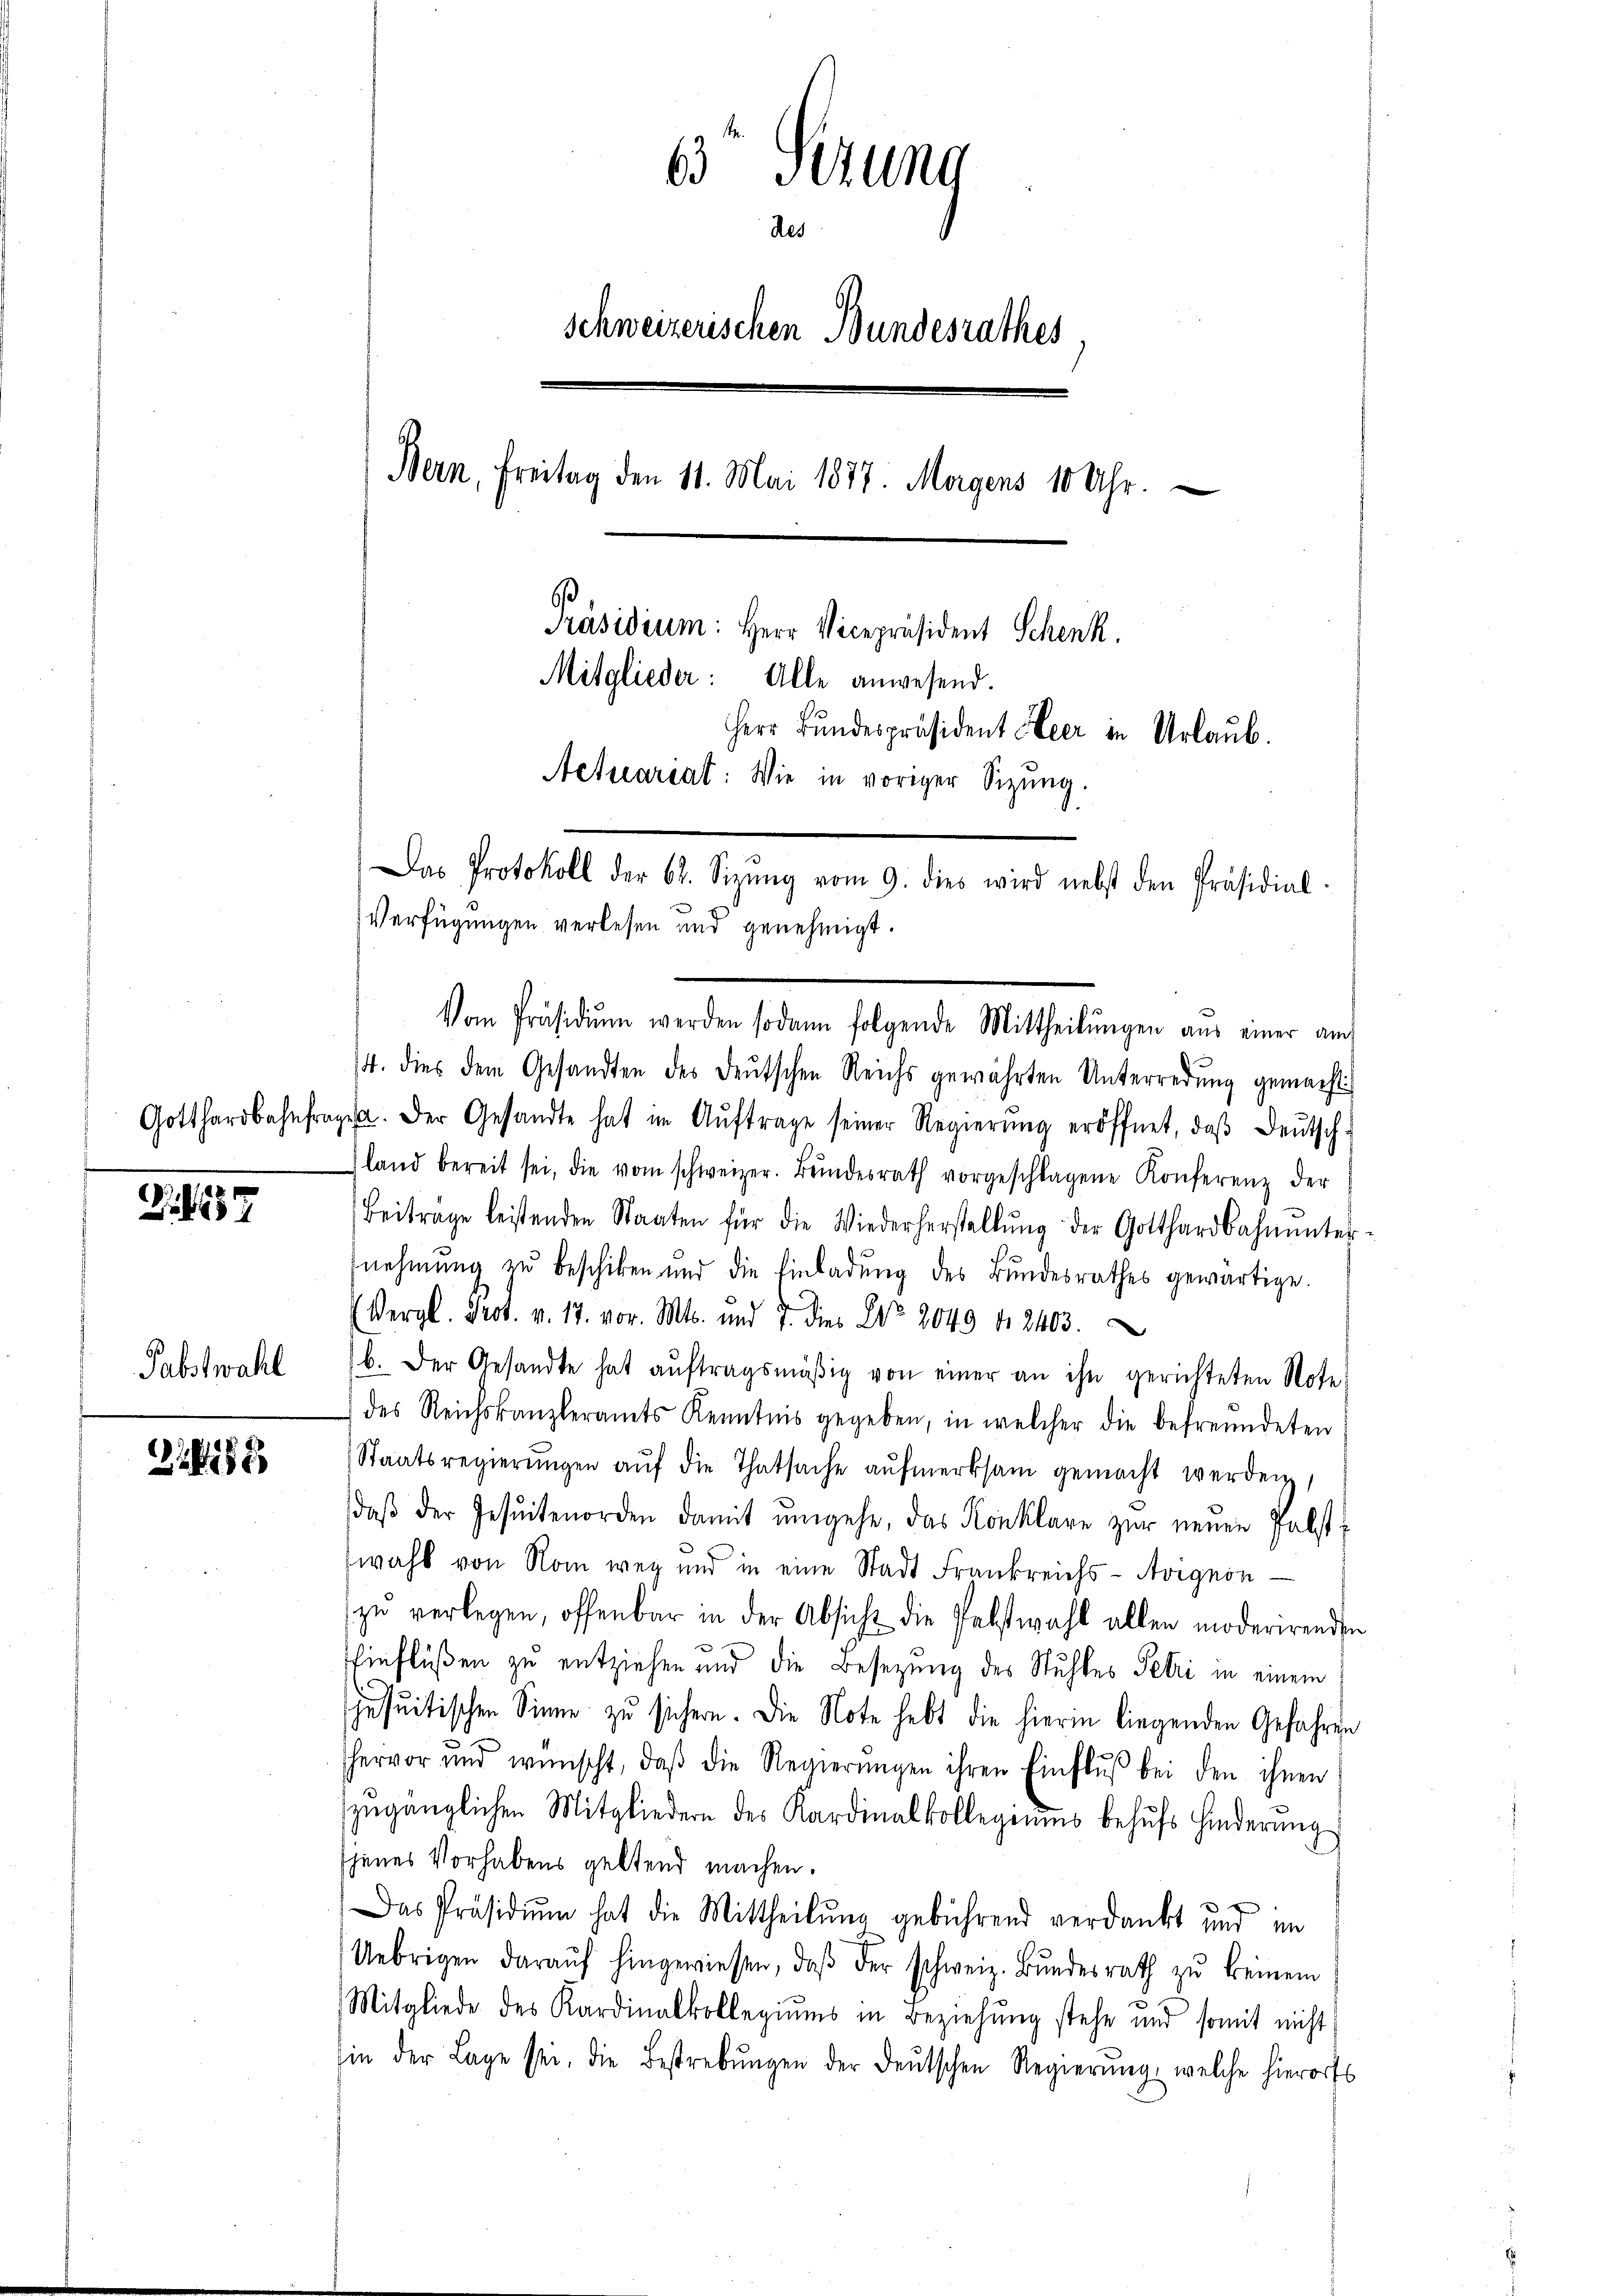
857

Pabstwahl

288

63 Sizung
des
Schweizerischen Bundesrathes
Bern, Freitag den 11. Mai 1877. Morgens 10 Uhr.
.
Präsidium: Herr Vicepräsident Schenk.
Mitglieder: Alle anwesend.
Herr Bundespräsident Heer in Urlaub.
Actuariat: Wie in voriger Sizung.
Das Protokoll der 62. Sizŭng vom 9. dies wird nebst den Präsidial-
Verfügungen verlesen und genehmigt.

Vom Präsidiŭm werden sodann folgende Mittheilŭngen aus einer auch

/4. dies dem Gesandten des deutschen Reichs gewährten Unterredung gemacht:
Gotthardbahnfragen. Der Gesandte hat im Aŭftrage seiner Regierŭng eröffnet, daβ deŭtsch-
hland bereit sei, die vom schweizer. Bŭndesrath vorgeschlagene Konferenz der
Beitrage leistenden Staaten für die Wiederherstellŭng der Gotthardbahnunter-
nehmung zŭ beschiken und die Einladŭng des Bŭndesrathes gewärtige.
Vergl. Prot. v. 17. vor. Mts. und 7. Die Nr. 2049 f 2403.
b. Der Gesandte hat aŭftragsmäßig von einer an ihn gerichteten Note
des Reichskanzleramts Kenntnis gegeben, in welcher die befreundeten
Staatsregierŭngen aŭf die Thatsache aŭfmerksam gemacht werden,
daβ der Jesuitenorden damit ŭmgehe, das Konklare zŭr neŭen Pabst
wahl von Rom weg und in eine Stadt Frankreichs-Avignon
zŭ verlegen, offenbar in der Absicht die Pabstwahl allen moderirenden
Einflüßen zu entziehen und die Besetzung des Stuhles Petri in einem
jusuitischen Sinne zu sichern. Die Note hebt die hierin liegenden Gefahren
hervor und wünscht, daβ die Regierŭngen ihren Einflŭβ bei den ihnen
zugänglichen Mitgliedern des Kardinalkollegiums behufs Hinderung
jenes Vorhabens geltend machen.
Das Präsidiŭm hat die Mittheilung gebührend verdankt und im
Uebrigen daraŭf hingewiesen, daβ der schweiz. Bŭndesrath zŭ keinem
Mitgliede des Kardinalkollegiums in Beziehung stehe und somit nicht
hin der Lage sei, die Bestrebungen der deutschen Regierŭng, welche hierorts